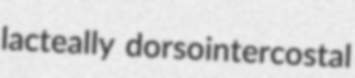
lacteally dorsointercostal